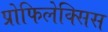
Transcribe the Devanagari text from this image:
प्रोफिलेक्सिस